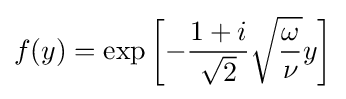
f(y)=\exp \left[-{\frac {1+i}{\sqrt {2}}}{\sqrt {\frac {\omega }{\nu }}}y\right]